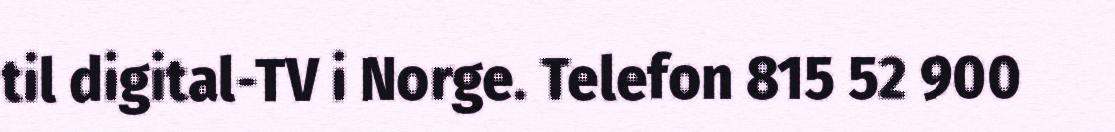
til digital-TV i Norge. Telefon 815 52 900